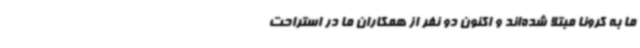
ما به کرونا مبتلا شده‌اند و اکنون دو نفر از همکاران ما در استراحت